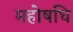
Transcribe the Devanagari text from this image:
महोषधि